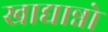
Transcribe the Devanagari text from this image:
खाद्यान्नो